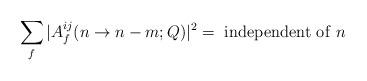
LaTeX: \begin{align*}\sum_{f} |A^{ij}_{f} (n \to n-m;Q)|^2 = {\rm~independent~ of~}n\end{align*}